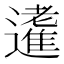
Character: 𨘝